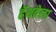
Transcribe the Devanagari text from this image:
हॅथवेला